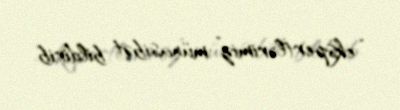
“ekspertlərimiz” münasibət bildirib.